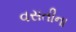
વસતીના